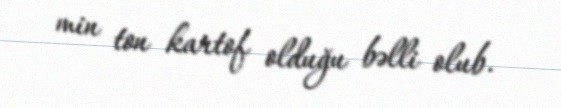
min ton kartof olduğu bəlli olub.